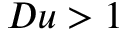
D u > 1